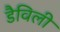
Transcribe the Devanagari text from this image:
डैविली